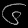
Digit: ၆